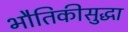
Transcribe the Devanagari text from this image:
भौतिकीसुद्धा